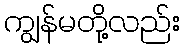
ကျွန်မတို့လည်း